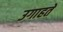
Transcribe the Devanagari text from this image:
उगाहते